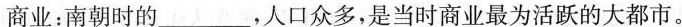
商业：南朝时的___，人口众多，是当时商业最为活跃的大都市。